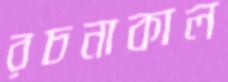
রচনাকাল